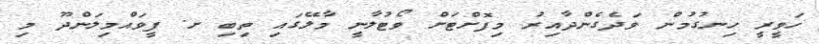
ހަވީރީ ހިނގުމުން ވަދެގެންދާއިރު މިފޮށްޓަށް ވޯޓުލާނީ މާލޭގައި ތިބި ށ. ފީވައްމިލަންދޫ މި